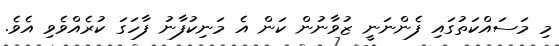
މި މަސައްކަތުގައި ފެންނަނީ ޒުވާނުން ކަން އެ މަނިކުފާނު ފާހަގަ ކުރެއްވެވި އެވެ.